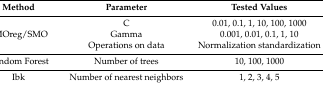
| Method | Parameter | Tested Values |
 | --- | --- | --- |
 | <ROWSPAN=3> SMOreg/SMO | C | 0.01, 0.1, 1, 10, 100, 1000 |
 | Gamma | 0.001, 0.01, 0.1, 1, 10 |
 | Operations on data | Normalization standardization |
 | Random Forest | Number of trees | 10, 100, 1000 |
 | Ibk | Number of nearest neighbors | 1, 2, 3, 4, 5 |